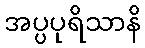
အပ္ပပုရိသာနိ